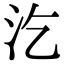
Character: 汔